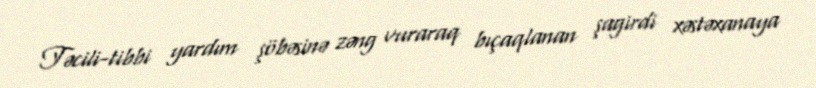
Təcili-tibbi yardım şöbəsinə zəng vuraraq bıçaqlanan şagirdi xəstəxanaya